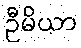
ဦမိယာ